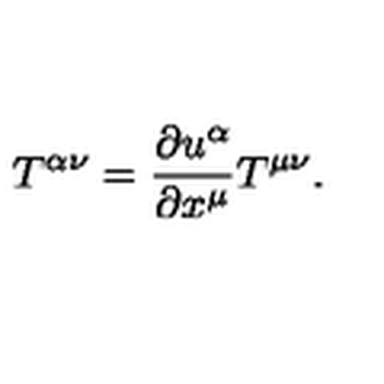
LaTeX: T ^ { \alpha \nu } = \frac { \partial u ^ { \alpha } } { \partial x ^ { \mu } } T ^ { \mu \nu } .